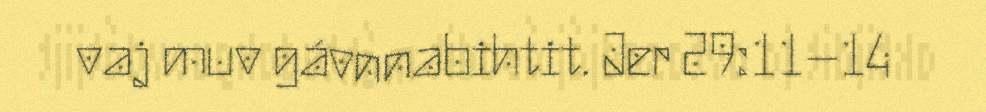
vaj muv gávnnabihtit. Jer 29:11–14